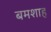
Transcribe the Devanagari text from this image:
बमशाह